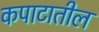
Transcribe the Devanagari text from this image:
कपाटातील